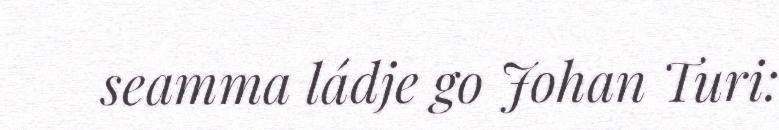
seamma ládje go Johan Turi: